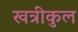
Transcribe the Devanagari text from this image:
खत्रीकुल